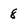
Character: 8